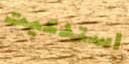
استدعيت